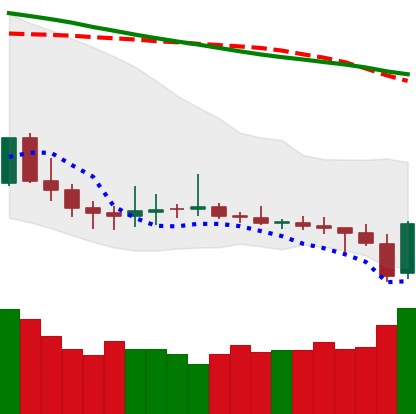
Ticker: DOGE-USD
Chart end date: 2019-12-18
Forward return: -5.039%
Label: down_5_7